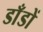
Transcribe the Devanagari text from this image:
डाँडों